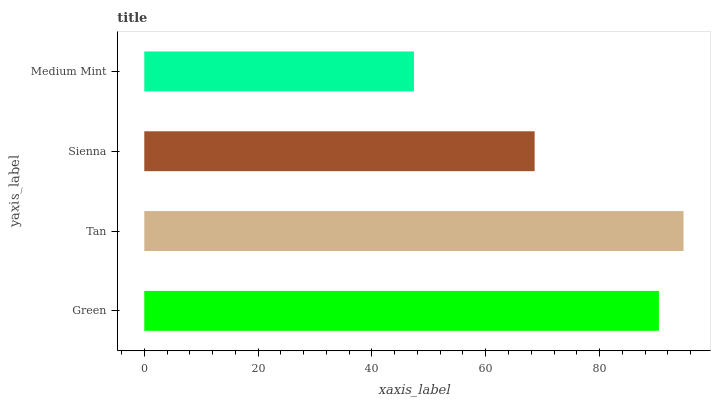
| yaxis_label | bars |
 | --- | --- |
 | Green | 90.4 |
 | Tan | 94.8 |
 | Sienna | 68.6 |
 | Medium Mint | 47.4 |